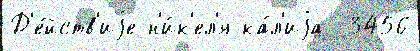
Д'е́йств'иjе н'и́к'ел'я-ка́л'иjа  3456